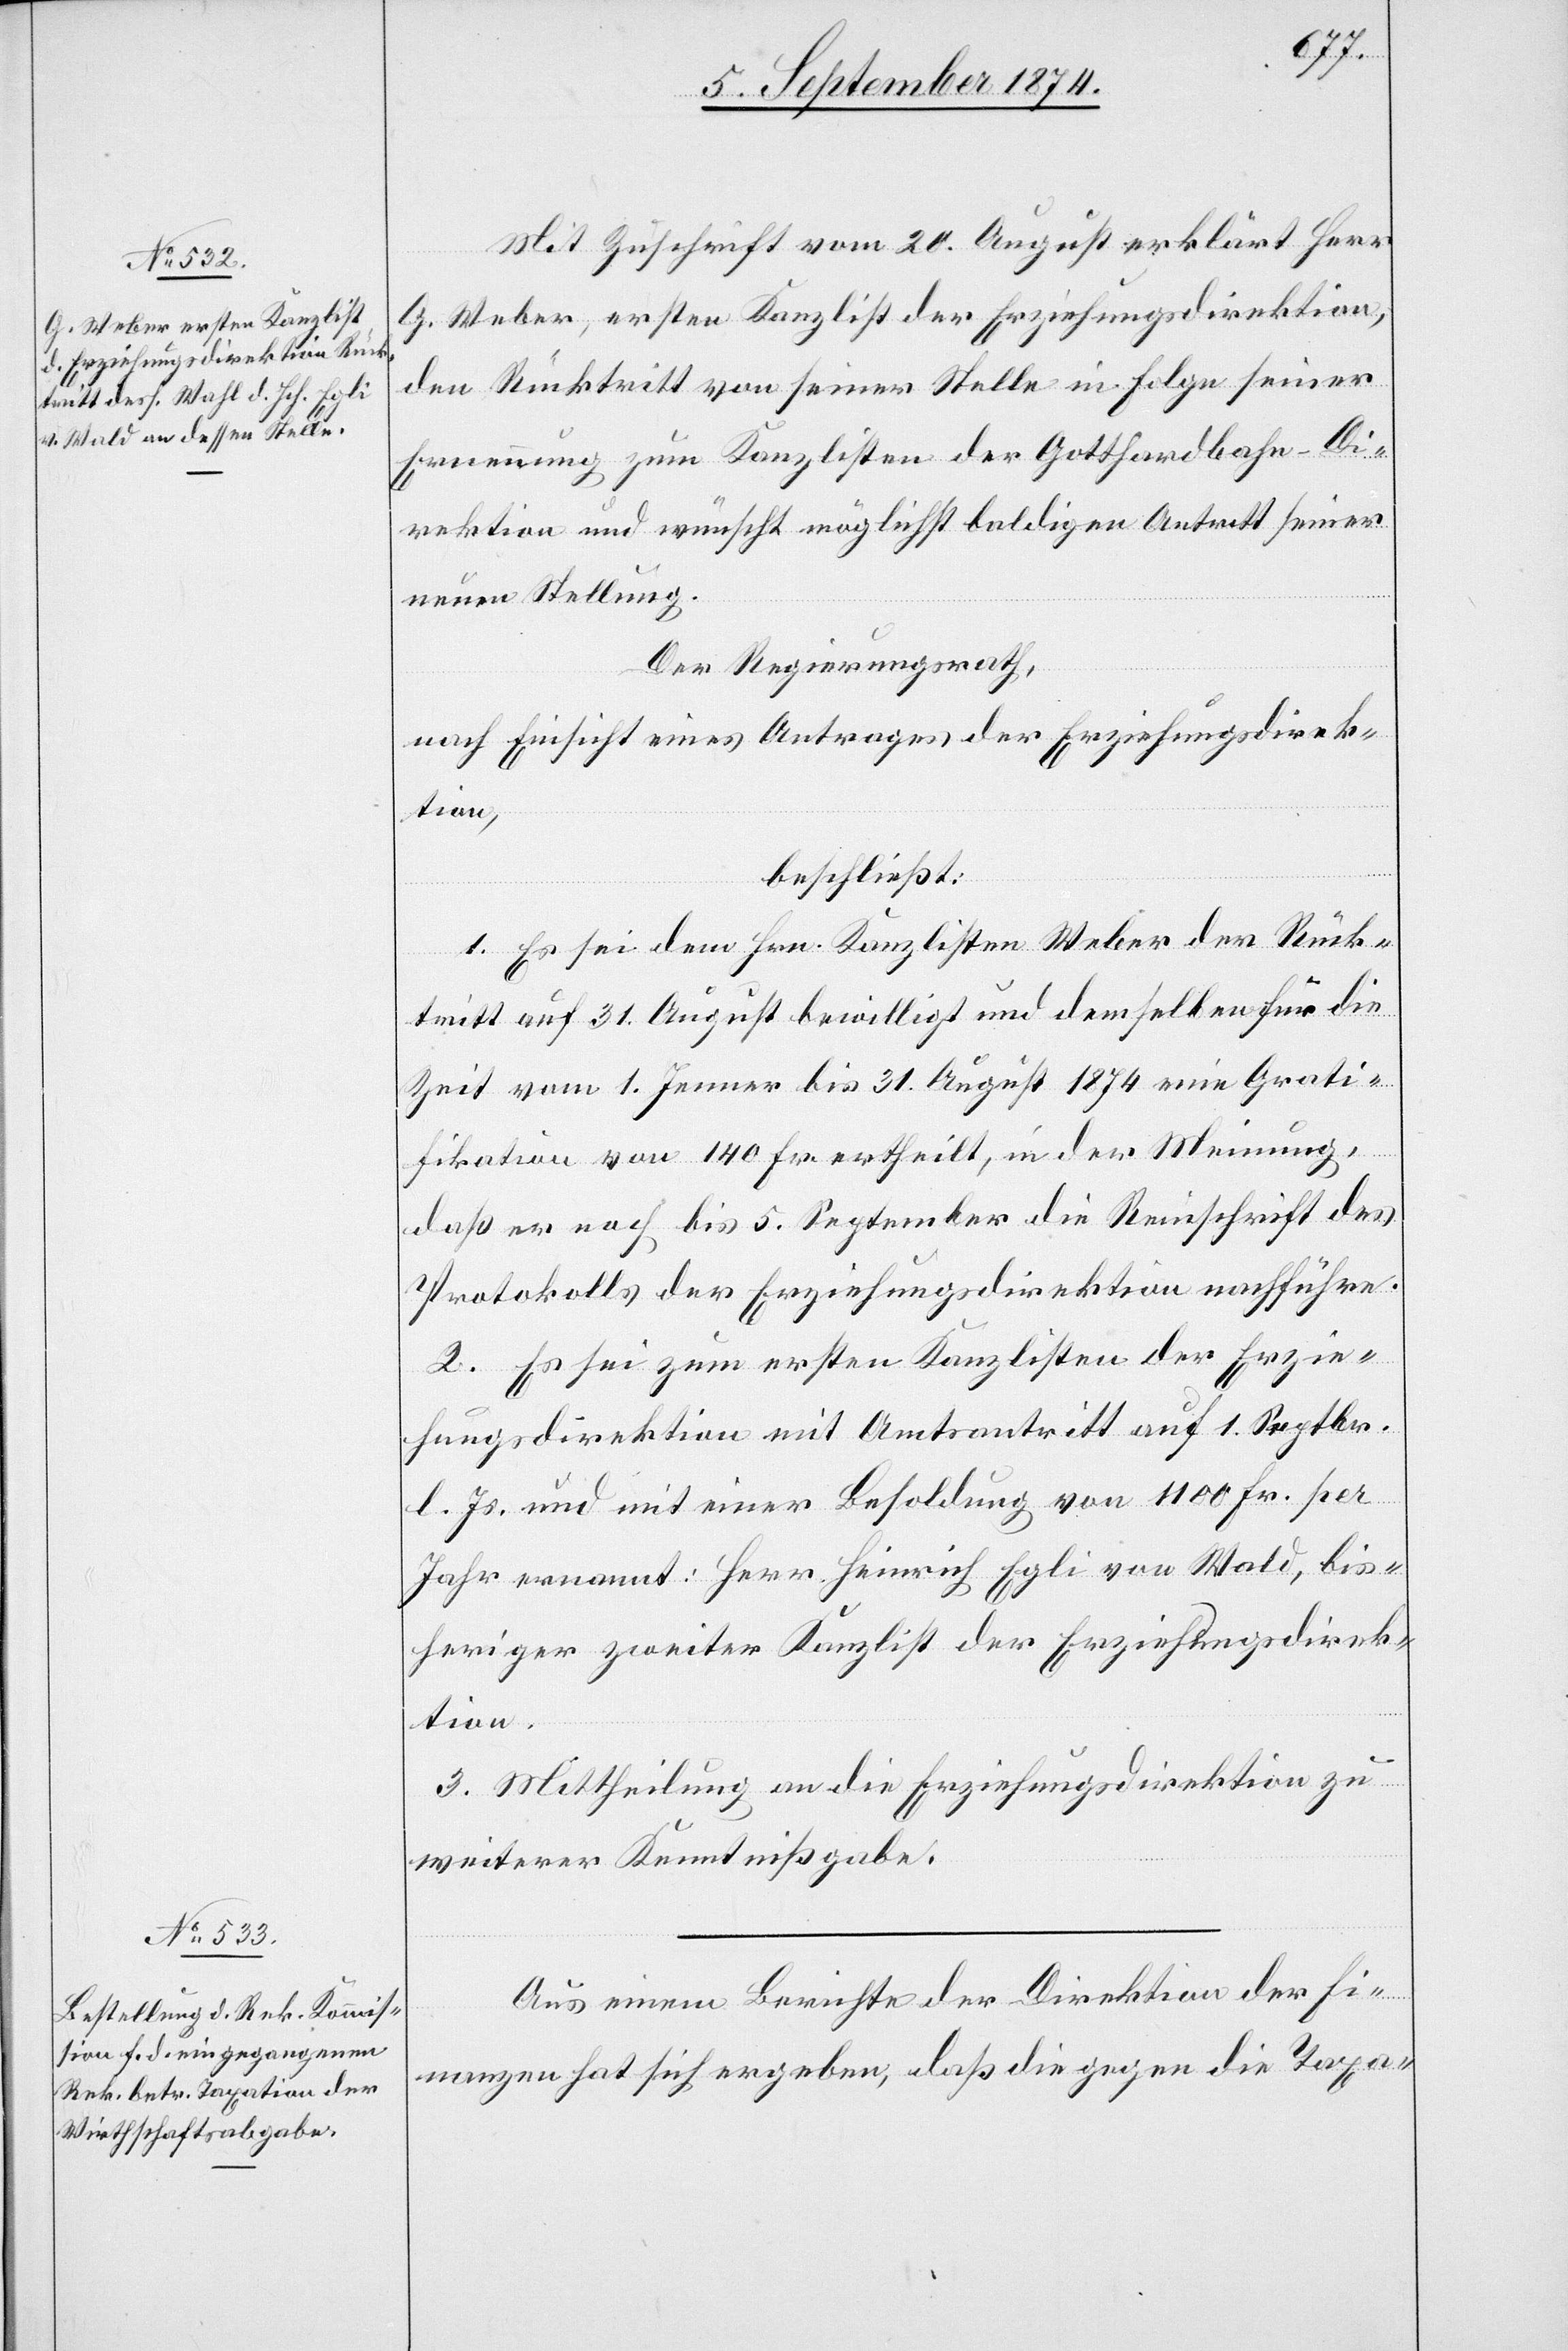
Mit Zuschrift vom 20. August erklärt Herr
G. Weber, erster Kanzlist der Erziehungsdirektion,
den Rücktritt von seiner Stelle in Folge seiner
Ernennung zum Kanzlisten der Gotthardbahn-Di¬
rektion und wünscht möglichst baldigen Antritt seiner
neuen Stellung.
Der Regierungsrath,
nach Einsicht eines Antrages der Erziehungsdirek¬
tion,
beschließt:
1. Es sei dem Hrn. Kanzlisten Weber der Rück¬
tritt auf 31. August bewilligt und demselben für die
Zeit vom 1. Jenner bis 31. August 1874 eine Grati¬
fikation von 140 Fr. ertheilt, in der Meinung,
daß er noch bis 5. September die Reinschrift des
Protokolls der Erziehungsdirektion nachführe.
2. Es sei zum ersten Kanzlisten der Erzie¬
hungsdirektion mit Amtsantritt auf 1. Septbr.
l. Js. und mit einer Besoldung von 1100 Fr. per
Jahr ernannt: Herr Heinrich Egli von Wald, bis¬
heriger zweiter Kanzlist der Erziehungsdirek¬
tion.
3. Mittheilung an die Erziehungsdirektion zu
weiterer Kenntnißgabe.
Aus einem Berichte der Direktion der Fi¬
nanzen hat sich ergeben, daß die gegen die Taxa-